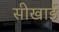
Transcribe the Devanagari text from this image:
सीखाई